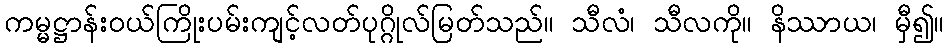
ကမ္မဋ္ဌာန်းဝယ်ကြိုးပမ်းကျင့်လတ်ပုဂ္ဂိုလ်မြတ်သည်။ သီလံ၊ သီလကို။ နိဿာယ၊ မှီ၍။